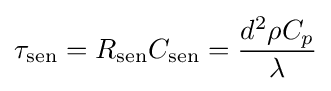
\tau _{\text{sen}}=R_{\text{sen}}C_{\text{sen}}={\frac {d^{2}\rho C_{p}}{\lambda }}